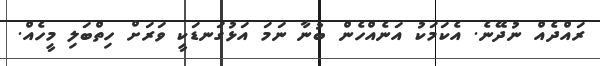
ރައްދެއް ނުދޭނެ. އެކަމަކު އަނެއްހެން ބުނާ ނަމަ އަޅުގަނޑަކީ ވަރަށް ހިތްބަލި މީހެއް.